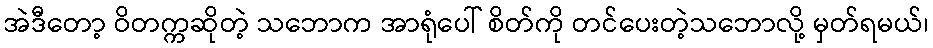
အဲဒီတော့ ဝိတက္ကဆိုတဲ့ သဘောက အာရုံပေါ် စိတ်ကို တင်ပေးတဲ့သဘောလို့ မှတ်ရမယ်၊